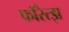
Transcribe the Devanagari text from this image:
फॉरेत्झ